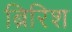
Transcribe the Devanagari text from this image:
ब्रिरिश